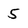
Character: 5